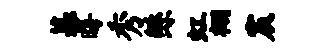
墓晦秀鲧虹棚宸